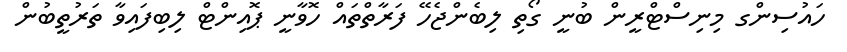
ހައުސިންގ މިނިސްޓްރީން ބުނީ ގޯތި ލިބެންޖެހޭ ފަރާތްތައް ހޮވާނީ ޕޮއިންޓް ލިބިފައިވާ ތަރުތީބުން